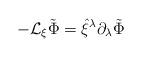
LaTeX: \begin{align*}-{\cal L}_{\xi} \tilde \Phi = \hat \xi^{\lambda} \partial_{\lambda} \tilde\Phi \end{align*}